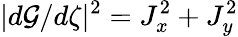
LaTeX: |d\mathcal{G}/d\zeta|^{2}=J_{x}^{2}+J_{y}^{2}